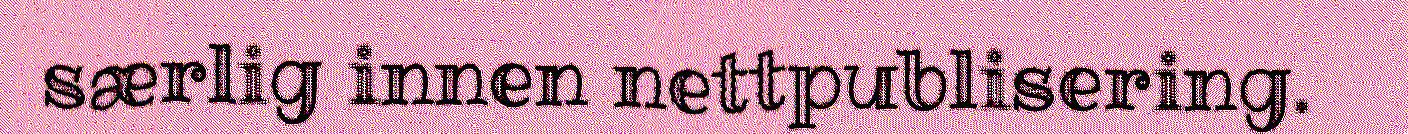
særlig innen nettpublisering.